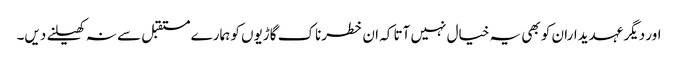
اور دیگر عہدیداران کو بھی یہ خیال نہیں آتا کہ ان خطرناک گاڑیوں کو ہمارے مستقبل سے نہ کھیلنے دیں۔